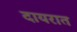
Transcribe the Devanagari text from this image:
दायरात